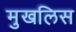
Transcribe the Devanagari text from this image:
मुखलिस